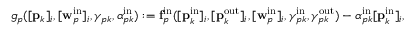
\begin{array} { r } { g _ { p } ( [ \mathbf { p } _ { k } ] _ { i } , [ \mathbf { w } _ { p } ^ { \mathrm { i n } } ] _ { i } , \gamma _ { p k } , \alpha _ { p k } ^ { \mathrm { i n } } ) : = \mathbf { f } _ { p } ^ { \mathrm { i n } } ( [ \mathbf { p } _ { k } ^ { \mathrm { i n } } ] _ { i } , [ \mathbf { p } _ { k } ^ { \mathrm { o u t } } ] _ { i } , [ \mathbf { w } _ { p } ^ { \mathrm { i n } } ] _ { i } , \gamma _ { p k } ^ { \mathrm { i n } } , \gamma _ { p k } ^ { \mathrm { o u t } } ) - \alpha _ { p k } ^ { \mathrm { i n } } [ \mathbf { p } _ { k } ^ { \mathrm { i n } } ] _ { i } , } \end{array}